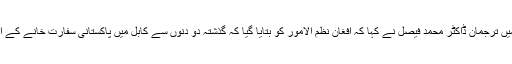
دفتر خارجہ کی جانب سے جاری ایک بیان میں ترجمان ڈاکٹر محمد فیصل نے کہا کہ افغان نظم الامور کو بتایا گیا کہ گذشتہ دو دنوں سے کابل میں پاکستانی سفارت خانے کے اہلکاروں اور عملے کو ہراساں کیا جا رہا ہے۔